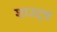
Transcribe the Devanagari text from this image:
शाउट्स